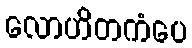
လောဟိတကံပေ